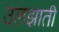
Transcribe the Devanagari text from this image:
उलझाती